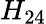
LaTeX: H_{24}